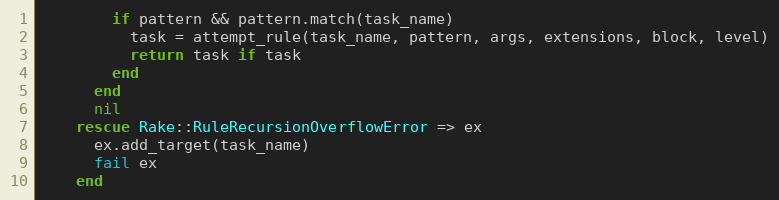
Language: Ruby
        if pattern && pattern.match(task_name)
          task = attempt_rule(task_name, pattern, args, extensions, block, level)
          return task if task
        end
      end
      nil
    rescue Rake::RuleRecursionOverflowError => ex
      ex.add_target(task_name)
      fail ex
    end